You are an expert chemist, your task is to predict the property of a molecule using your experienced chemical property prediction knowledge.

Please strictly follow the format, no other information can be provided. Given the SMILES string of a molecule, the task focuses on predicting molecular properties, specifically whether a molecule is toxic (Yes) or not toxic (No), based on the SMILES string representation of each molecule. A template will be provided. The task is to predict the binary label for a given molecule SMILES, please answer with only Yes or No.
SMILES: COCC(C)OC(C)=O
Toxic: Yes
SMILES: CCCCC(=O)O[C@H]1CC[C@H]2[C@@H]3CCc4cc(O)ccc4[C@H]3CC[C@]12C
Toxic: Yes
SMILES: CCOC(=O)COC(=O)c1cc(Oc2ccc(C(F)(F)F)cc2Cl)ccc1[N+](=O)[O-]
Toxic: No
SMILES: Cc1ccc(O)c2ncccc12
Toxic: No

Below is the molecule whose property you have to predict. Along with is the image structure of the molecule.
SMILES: O=c1[nH]c(=O)n([C@H]2C[C@H](O)[C@@H](CO)O2)cc1/C=C/Br
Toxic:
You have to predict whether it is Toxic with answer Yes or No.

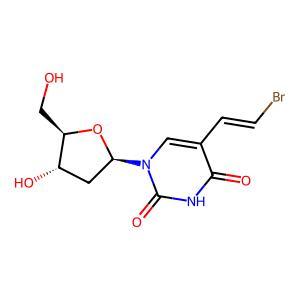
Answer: No